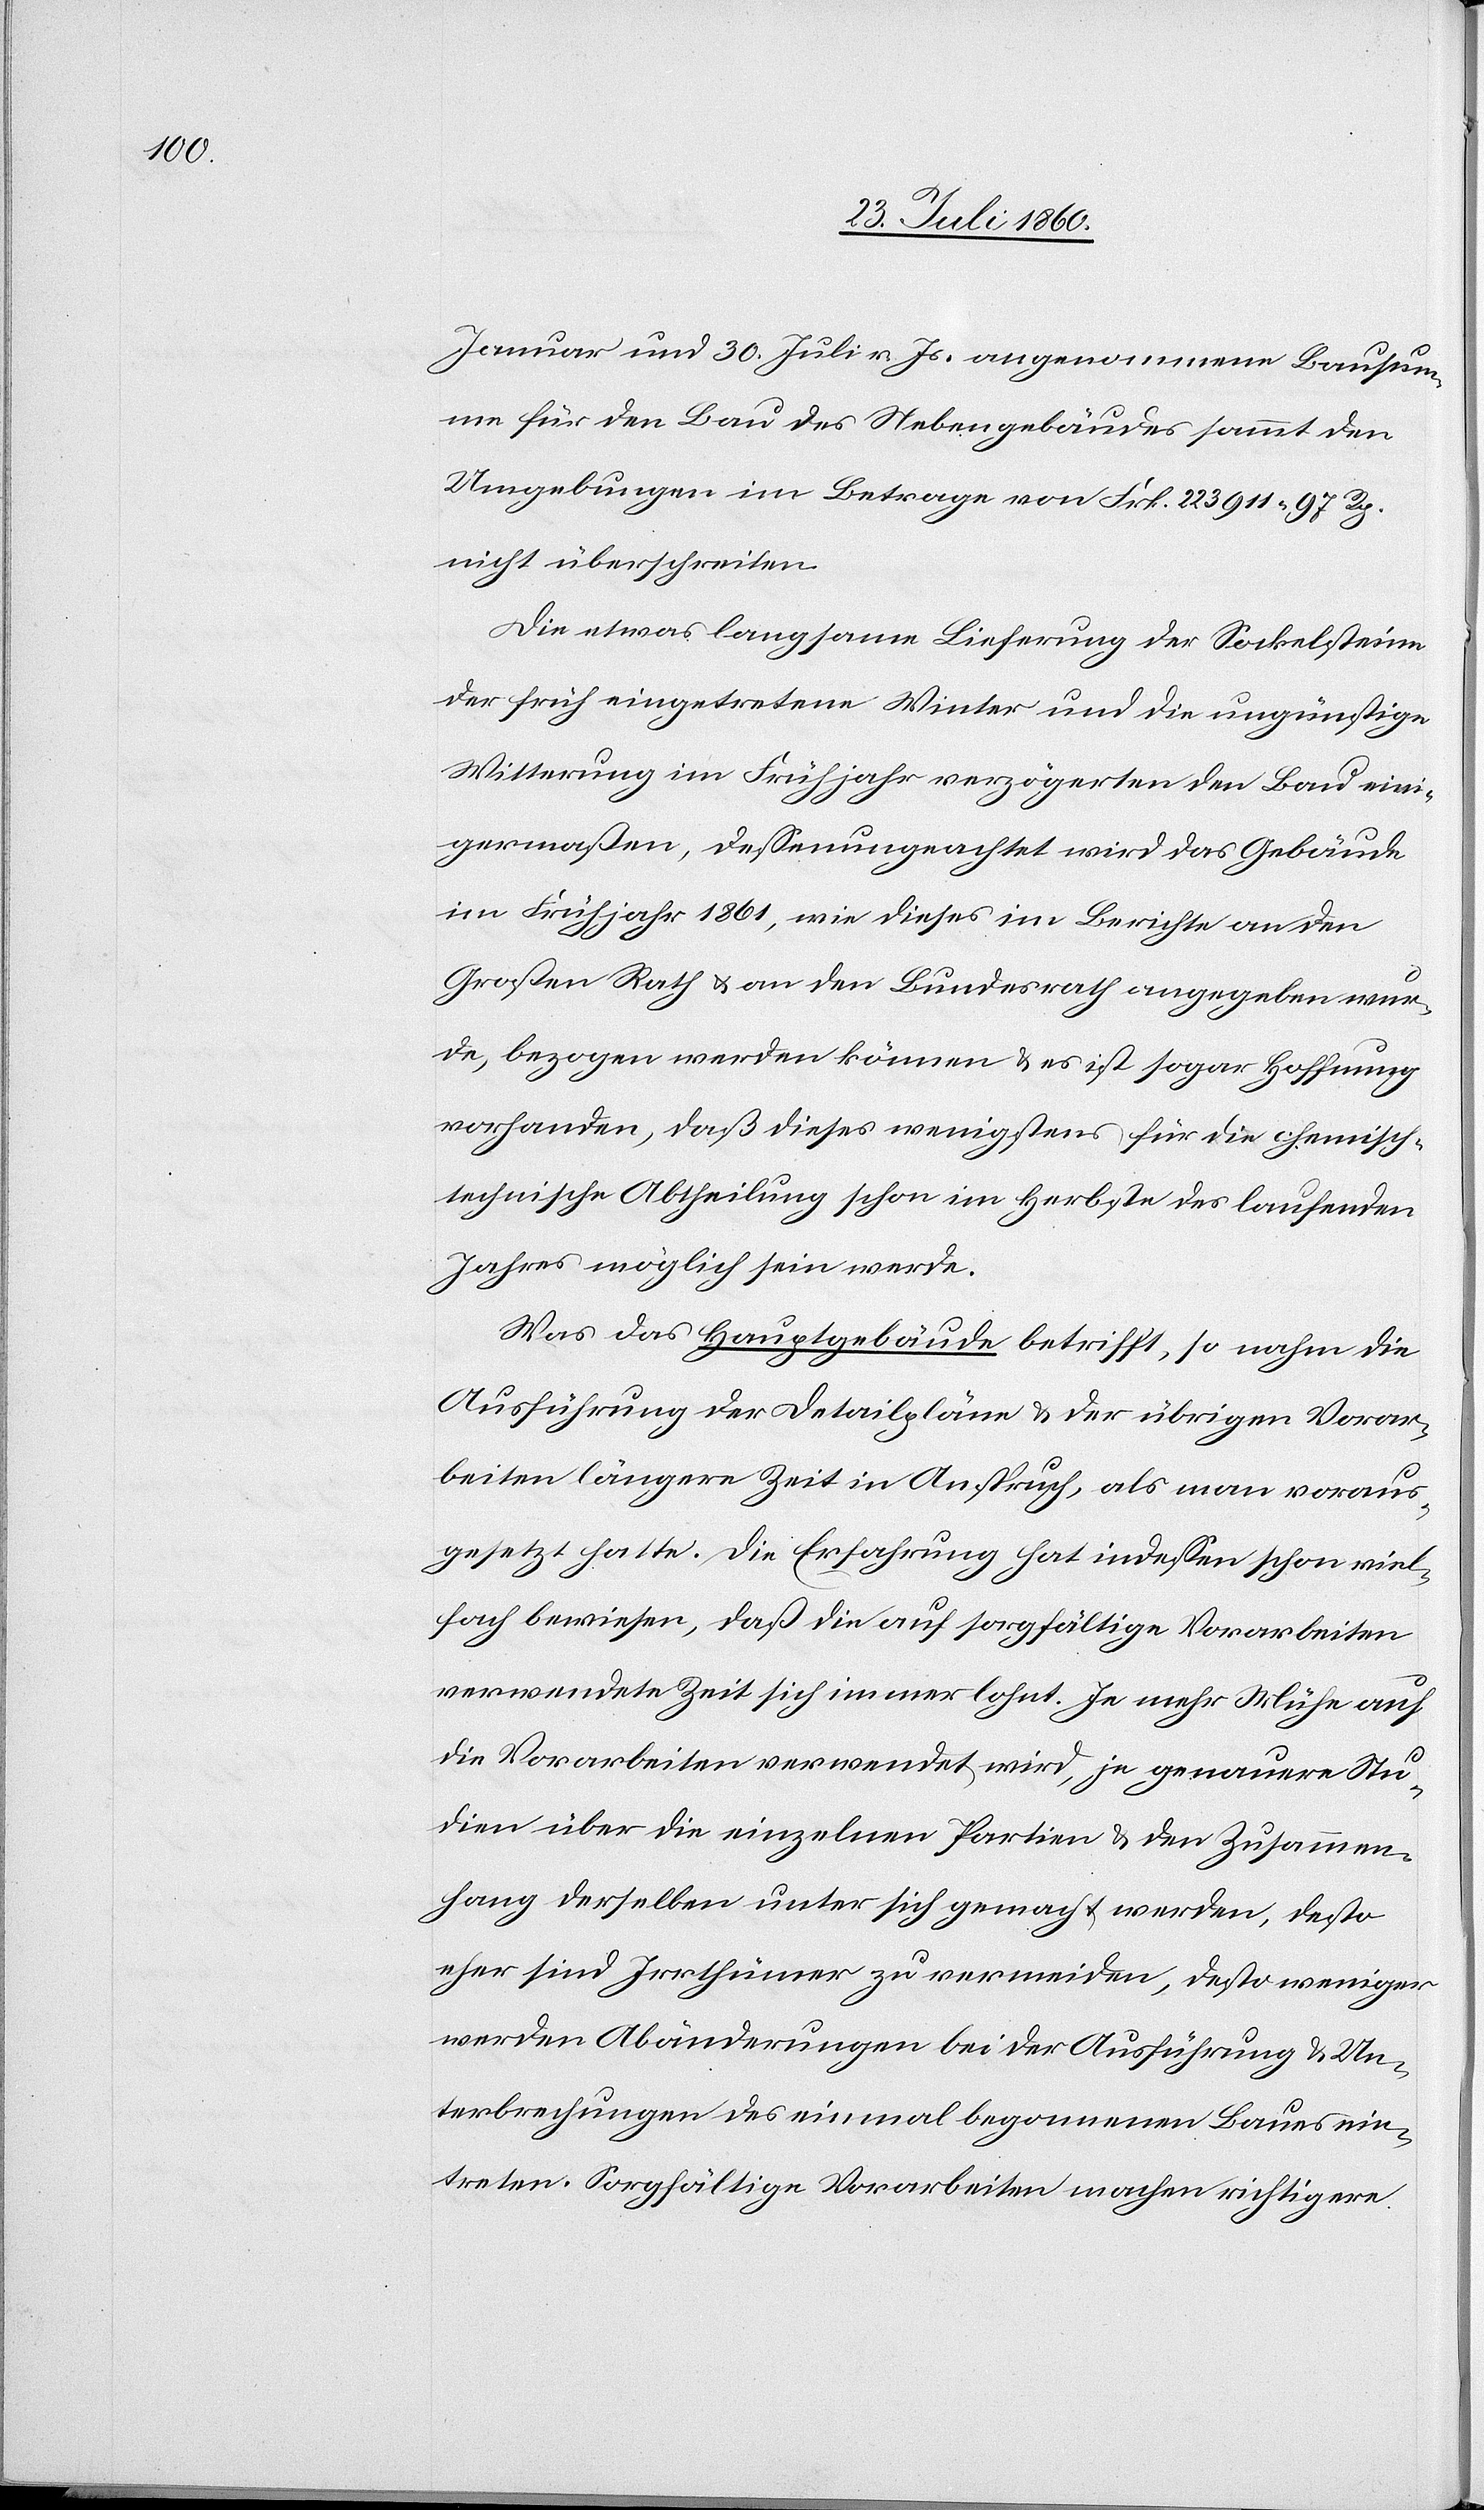
Januar und 30. Juli v. Js. angenommene Bausum¬
me für den Bau des Nebengebäudes sammt den
Umgebungen im Betrage von fcs. 223,911 97C
nicht überschreiten.
Die etwas langsame Lieferung der Sockelsteine,
der früh eingetretene Winter und die ungünstige
Witterung im Frühjahr verzögerten den Bau eini¬
germassen, dessenungeachtet wird das Gebäude
im Frühjahr 1861, wie dieses im Berichte an den
Grossen Rath u. an den Bundesrath angegeben wur¬
de, bezogen werden können u. es ist sogar Hoffnung
vorhanden, dass dieses wenigstens für die chemisch-t¬
echnische Abtheilung schon im Herbste des laufenden
Jahres möglich sein werde.
Was das Hauptgebäude betrifft, so nahm die
Ausführung der Detailpläne u. der übrigen Vorar¬
beiten längere Zeit in Anspruch, als man voraus¬
gesetzt hatte. Die Erfahrung hat indessen schon viel¬
fach bewiesen, dass die auf sorgfältige Vorarbeiten
verwendete Zeit sich immer lohnt. Je mehr Mühe auf
die Vorarbeiten verwendet wird, je genauere Stu¬
dien über die einzelnen Partien u. den Zusammen¬
hang derselben unter sich gemacht werden, desto
eher sind Irrthümer zu vermeiden, desto weniger
werden Abänderungen bei der Ausführung u. Un¬
terbrechungen des einmal begonnenen Baues ein¬
treten. Sorgfältige Vorarbeiten machen richtigere